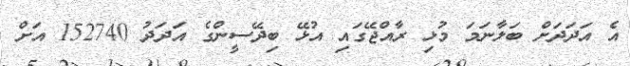
އެ އަދަދަށް ބަލާނަމަ މުޅި ރާއްޖޭގައި އުޅޭ ބިދޭސީންގެ އަދަދު 152740 އަށް